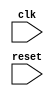
module AXI_controller (
    input wire clk,
    input wire reset,
    // Input and output ports for data transactions on AXI bus

    // Clock generators
    // delay elements
    // synchronization logic
);

    // Verilog code for timing control and synchronization blocks

endmodule